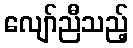
လျော်ညီသည့်